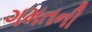
ગમતની